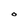
Character: O